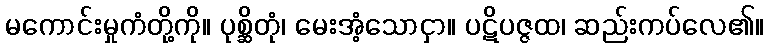
မကောင်းမှုကံတို့ကို။ ပုစ္ဆိတုံ၊ မေးအံ့သောငှာ။ ပဋိပဇ္ဇထ၊ ဆည်းကပ်လေ၏။